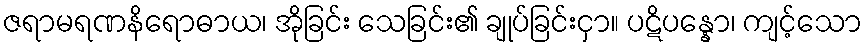
ဇရာမရဏနိရောဓာယ၊ အိုခြင်း သေခြင်း၏ ချုပ်ခြင်းငှာ။ ပဋိပန္နော၊ ကျင့်သော